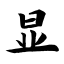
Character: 显